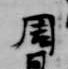
周